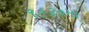
૧૯૩૦મા